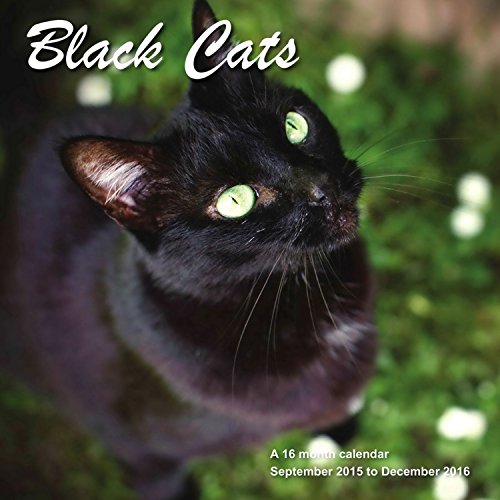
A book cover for Black Cats Calendar - 2016 Wall calendars - Cat Calendar - Kitten Calendar - Monthly Wall Calendar by Magnum; MegaCalendars; Calendars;